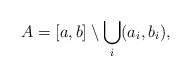
LaTeX: \begin{align*} A = [a,b] \setminus \bigcup_i (a_i, b_i),\end{align*}